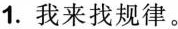
1.我来找规律。